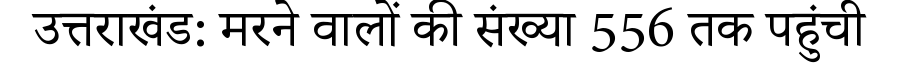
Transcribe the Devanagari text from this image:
उत्तराखंड: मरने वालों की संख्या 556 तक पहुंची